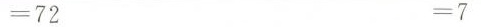
=72 =7